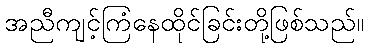
အညီကျင့်ကြံနေထိုင်ခြင်းတို့ဖြစ်သည်။